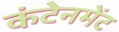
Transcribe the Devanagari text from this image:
कंटेनमेंट